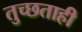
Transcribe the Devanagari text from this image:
तुच्छताही